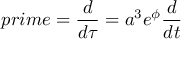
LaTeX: p r i m e = \frac { d } { d \tau } = a ^ { 3 } e ^ { \phi } \frac { d } { d t }